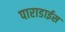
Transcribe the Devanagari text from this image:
पाराडाईस